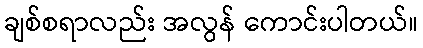
ချစ်စရာလည်း အလွန် ကောင်းပါတယ်။